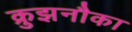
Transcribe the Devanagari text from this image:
क्रुझनौका